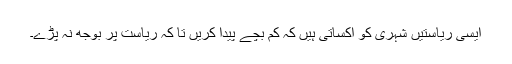
ایسی ریاستیں شہری کو اکساتی ہیں کہ کم بچے پیدا کریں تا کہ ریاست پر بوجھ نہ پڑے۔